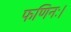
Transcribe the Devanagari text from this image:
फणिनः।